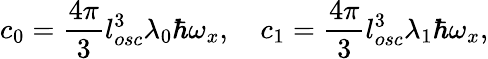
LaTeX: c_{0}=\frac{4\pi}{3}l_{osc}^{3}\lambda_{0}\hbar\omega_{x},\quad c_{1}=\frac{4\pi}{3}l_{osc}^{3}\lambda_{1}\hbar\omega_{x},